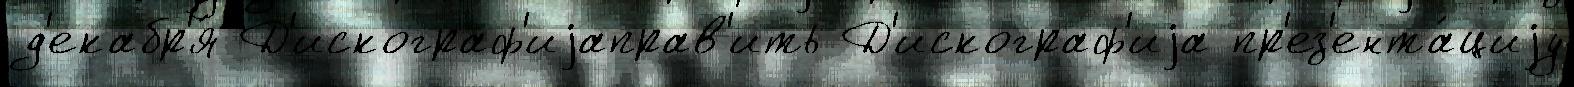
д'екабр'я́ Д'искограф'иjаправ'ить Д'искограф'иjа пр'ез'ента́циjу